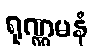
ရုဏ္ဏမနံ